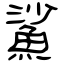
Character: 鯊